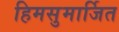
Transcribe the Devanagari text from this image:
हिमसुमार्जित